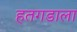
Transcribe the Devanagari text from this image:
हतगडाला